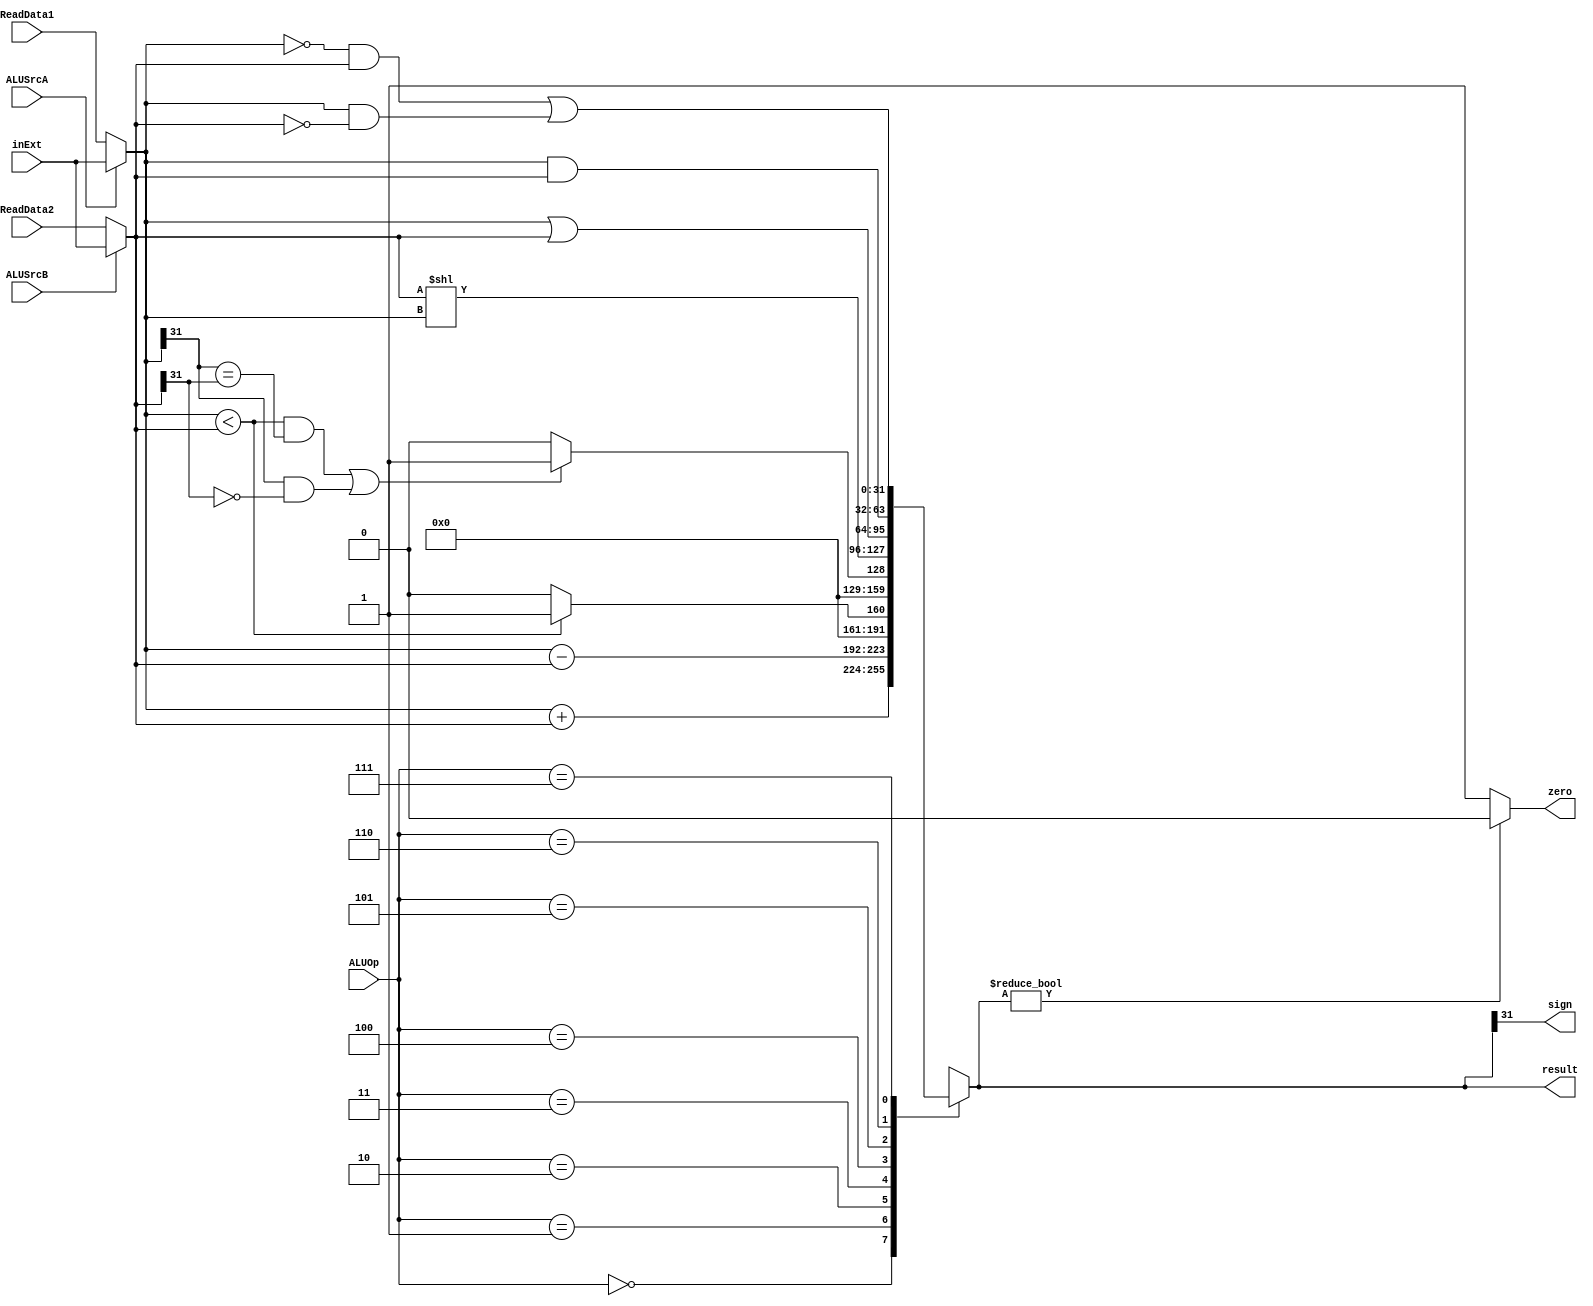
`timescale 1ns / 1ps
//////////////////////////////////////////////////////////////////////////////////
// Company: 
// Engineer: 
// 
// Design Name: 
// Module Name: ALU
// Project Name: 
// Target Devices: 
// Tool Versions: 
// Description: 
// 
// Dependencies: 
// 
// Revision:
// Revision 0.01 - File Created
// Additional Comments:
// 
//////////////////////////////////////////////////////////////////////////////////


module ALU(input [31:0] ReadData1, ReadData2, inExt,   
           input ALUSrcA,ALUSrcB,  
           input [2:0] ALUOp,  
           output wire zero,
           output wire sign,  
           output reg [31:0] result);  
       
    initial begin  
        result = 0;  
    end  
  
    wire [31:0] A, B;  
    assign A = ALUSrcA? inExt : ReadData1;
    assign B = ALUSrcB? inExt : ReadData2;  
    assign zero = (result? 0 : 1); 
    assign sign = result[31]; 
       
    always @(A or B or ALUOp) begin  
        case(ALUOp)  
            3'b000: result = A + B;  // A + B  
            3'b001: result = A - B;  // A - B  
            3'b010: result = (A < B ? 1 : 0);  // AB  
            3'b011: result = (((A<B)&&(A[31]==B[31]))||((A[31]==1&&B[31]==0)))?1:0;
            3'b100: result = B << A; // AB  
            3'b101: result = A | B; //   
            3'b110: result = A & B; //   
            3'b111: result = (~A & B) | (A & ~B); //   
            default: result = 0;  
        endcase  
    end  
       
endmodule